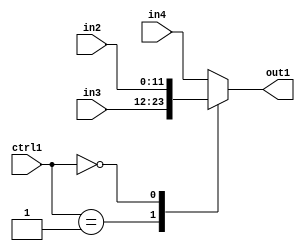
`timescale 1ps / 1ps
/*****************************************************************************
    Verilog RTL Description
    
    
    Created by: Stratus DpOpt 2019.1.01 
*******************************************************************************/

module DC_Filter_N_Mux_12_3_2_4 (
	in4,
	in3,
	in2,
	ctrl1,
	out1
	); /* architecture "behavioural" */ 
input [11:0] in4,
	in3,
	in2;
input [1:0] ctrl1;
output [11:0] out1;
wire [11:0] asc001;

reg [11:0] asc001_tmp_0;
assign asc001 = asc001_tmp_0;
always @ (ctrl1 or in3 or in2 or in4) begin
	casez (ctrl1)
		2'B01 : asc001_tmp_0 = in3 ;
		2'B00 : asc001_tmp_0 = in2 ;
		default : asc001_tmp_0 = in4 ;
	endcase
end

assign out1 = asc001;
endmodule

/* CADENCE  v7PwSgw= : u9/ySgnWtBlWxVPRXgAZ4Og= ** DO NOT EDIT THIS LINE ******/